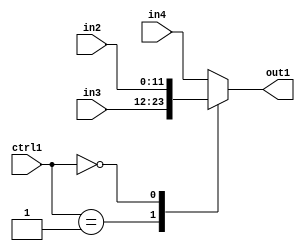
`timescale 1ps / 1ps
/*****************************************************************************
    Verilog RTL Description
    
    
    Created by: Stratus DpOpt 2019.1.01 
*******************************************************************************/

module DC_Filter_N_Mux_12_3_2_4 (
	in4,
	in3,
	in2,
	ctrl1,
	out1
	); /* architecture "behavioural" */ 
input [11:0] in4,
	in3,
	in2;
input [1:0] ctrl1;
output [11:0] out1;
wire [11:0] asc001;

reg [11:0] asc001_tmp_0;
assign asc001 = asc001_tmp_0;
always @ (ctrl1 or in3 or in2 or in4) begin
	casez (ctrl1)
		2'B01 : asc001_tmp_0 = in3 ;
		2'B00 : asc001_tmp_0 = in2 ;
		default : asc001_tmp_0 = in4 ;
	endcase
end

assign out1 = asc001;
endmodule

/* CADENCE  v7PwSgw= : u9/ySgnWtBlWxVPRXgAZ4Og= ** DO NOT EDIT THIS LINE ******/